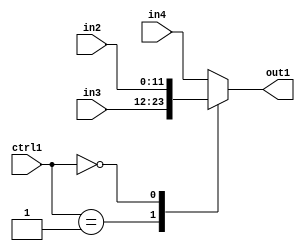
`timescale 1ps / 1ps
/*****************************************************************************
    Verilog RTL Description
    
    
    Created by: Stratus DpOpt 2019.1.01 
*******************************************************************************/

module DC_Filter_N_Mux_12_3_2_4 (
	in4,
	in3,
	in2,
	ctrl1,
	out1
	); /* architecture "behavioural" */ 
input [11:0] in4,
	in3,
	in2;
input [1:0] ctrl1;
output [11:0] out1;
wire [11:0] asc001;

reg [11:0] asc001_tmp_0;
assign asc001 = asc001_tmp_0;
always @ (ctrl1 or in3 or in2 or in4) begin
	casez (ctrl1)
		2'B01 : asc001_tmp_0 = in3 ;
		2'B00 : asc001_tmp_0 = in2 ;
		default : asc001_tmp_0 = in4 ;
	endcase
end

assign out1 = asc001;
endmodule

/* CADENCE  v7PwSgw= : u9/ySgnWtBlWxVPRXgAZ4Og= ** DO NOT EDIT THIS LINE ******/